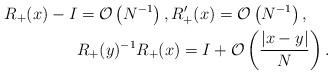
LaTeX: \begin{align*}R_+(x) -I& = \mathcal{O}\left( N^{-1}\right), R_+'(x)= \mathcal{O}\left( N^{-1}\right), \\&R_+(y)^{-1} R_+(x) =I+ \mathcal{O}\left( \frac{|x-y|}{N}\right).\end{align*}